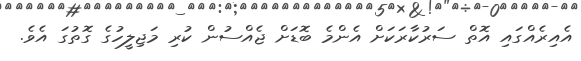
އެއިރެއްގައި އޮތް ސަރުކާރަކަށް އެންމެ ބޮޑަށް ޖެއްސުން ކުރި މަޖިލީހުގެ ގޮތުގަ އެވެ.